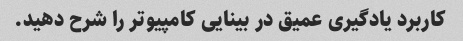
کاربرد یادگیری عمیق در بینایی کامپیوتر را شرح دهید.